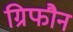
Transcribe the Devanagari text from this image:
ग्रिफौन